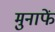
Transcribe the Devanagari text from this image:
मुनाफें